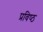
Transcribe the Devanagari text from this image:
प्रविष्‍ठ